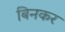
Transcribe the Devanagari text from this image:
बिनकर